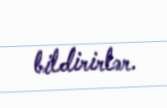
bildirirlər.